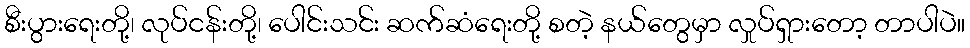
စီးပွားရေးတို့၊ လုပ်ငန်းတို့၊ ပေါင်းသင်း ဆက်ဆံရေးတို့ စတဲ့ နယ်တွေမှာ လှုပ်ရှားတော့ တာပါပဲ။